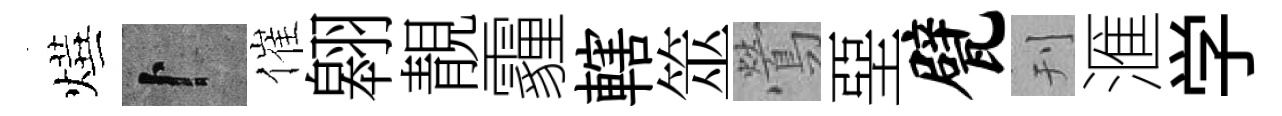
燁卜催翱靚霾轄筮鶯堊甓刊滙学